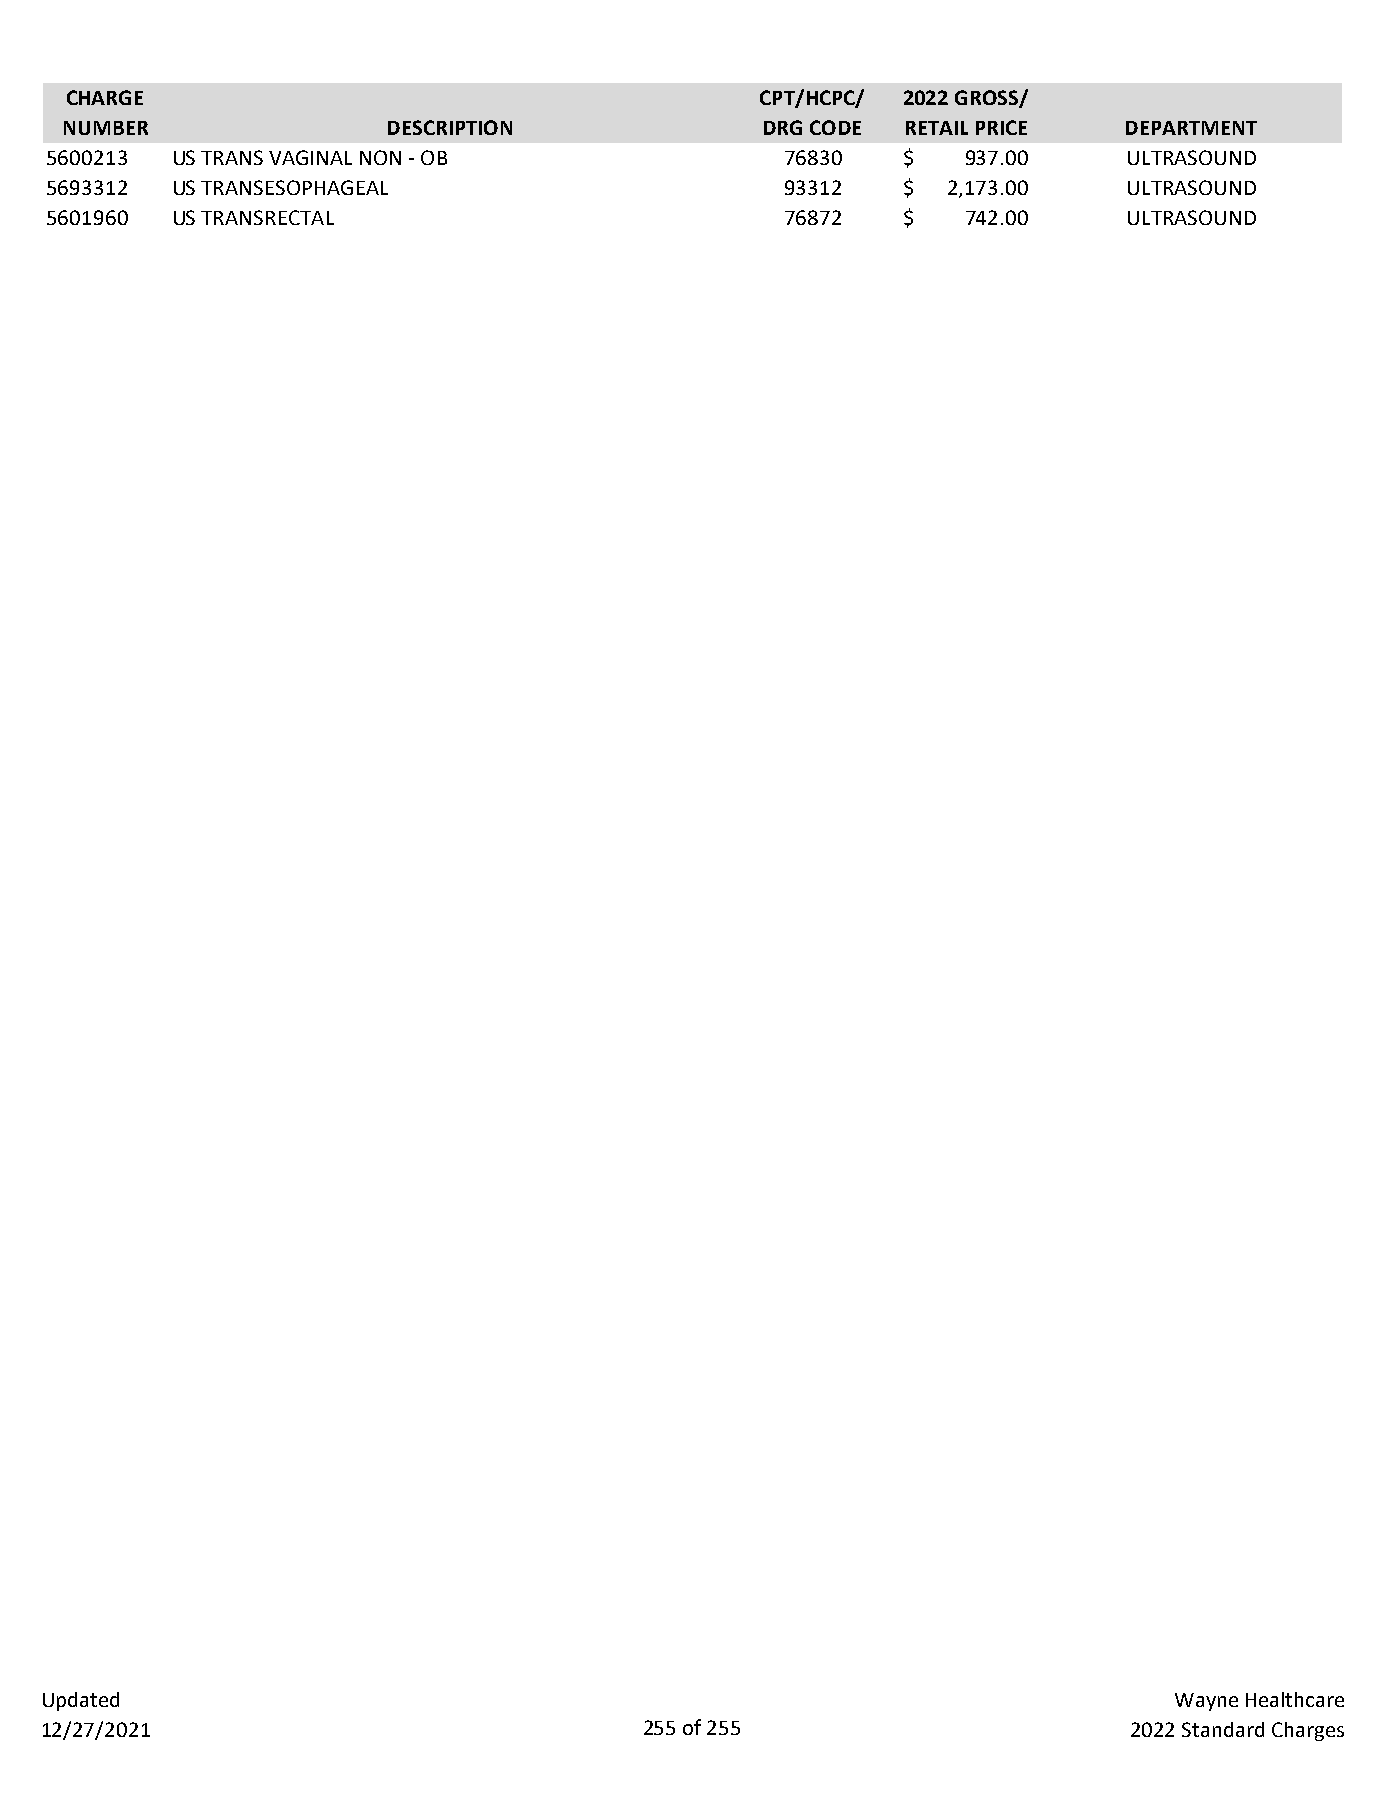
CHARGE                                        CPT/HCPC/ 2022 GROSS/
 NUMBER                DESCRIPTION             DRG CODE  RETAIL PRICE  DEPARTMENT
 5600213 US TRANS VAGINAL NON - OB                76830   $   937.00     ULTRASOUND
 5693312 US TRANSESOPHAGEAL                       93312   $  2,173.00    ULTRASOUND
 5601960 US TRANSRECTAL                           76872   $   742.00     ULTRASOUND
 Updated                                                                    Wayne Healthcare
 12/27/2021                              255 of 255                      2022 Standard Charges